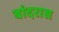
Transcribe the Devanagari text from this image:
बांदरास